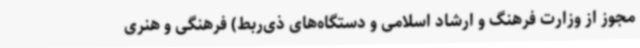
مجوز از وزارت فرهنگ و ارشاد اسلامی و دستگاه‌های ذی‌ربط) فرهنگی و هنری